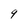
Character: 9